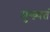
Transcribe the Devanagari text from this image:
मुख्यतं